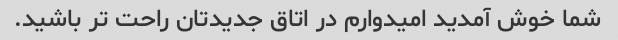
شما خوش آمدید امیدوارم در اتاق جدیدتان راحت تر باشید.